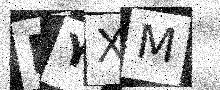
Text: NYXM